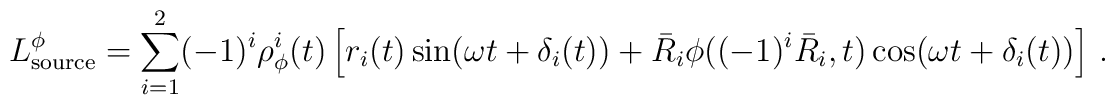
L_{{\rm source}}^\phi = \sum_{i=1}^2 (-1)^i \rho_\phi^i(t) \left[r_i(t) \sin(\omega t + \delta_i(t)) + \bar R_i \phi((-1)^i \bar R_i, t)\cos(\omega t + \delta_i(t)) \right] \,.